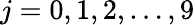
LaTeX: j=0,1,2,\dots,9